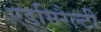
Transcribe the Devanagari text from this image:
एडमिरैल्टी